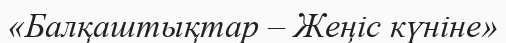
«Балқаштықтар – Жеңіс күніне»